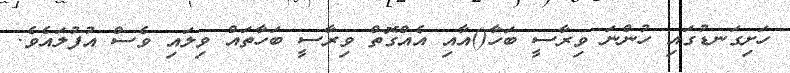
ހަށިގަނޑުގައި ހުންނަ ވިރާސީ ބަހާ()އާއި އެއްގޮތް ވިރާސީ ބަހާތައް ވިލައި ވެސް އުފުލައެވެ.